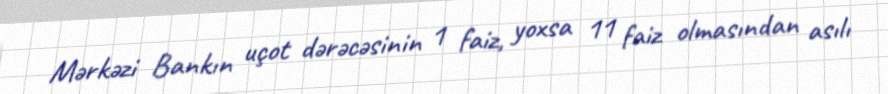
Mərkəzi Bankın uçot dərəcəsinin 1 faiz, yoxsa 11 faiz olmasından asılı